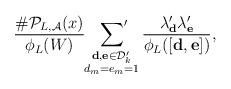
LaTeX: \begin{align*}\frac{\#\mathcal{P}_{L,\mathcal{A}}(x)}{\phi_L(W)}\sideset{}{'}\sum_{\substack{\mathbf{d},\mathbf{e}\in\mathcal{D}_k' \\ d_m=e_m=1}}\frac{\lambda'_{\mathbf{d}}\lambda'_{\mathbf{e}}}{\phi_L([\mathbf{d},\mathbf{e}])},\end{align*}